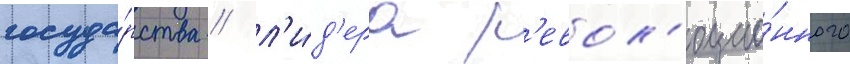
госуда́рства / л'и́д'ера р'евол'юцио́нного